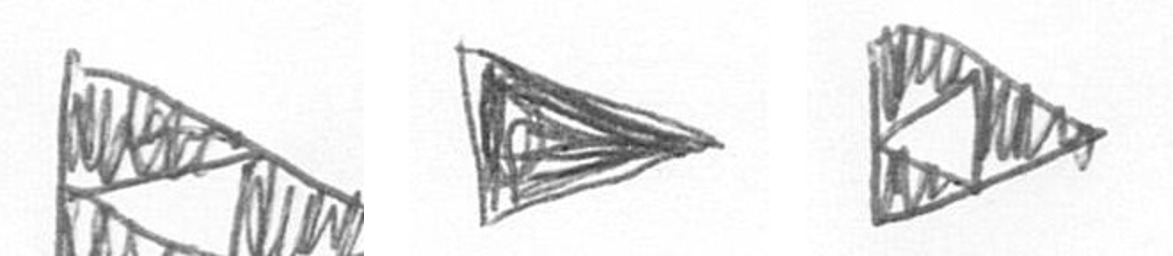
K T K